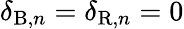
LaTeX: \delta_{\mathrm{B},n}=\delta_{\mathrm{R},n}=0